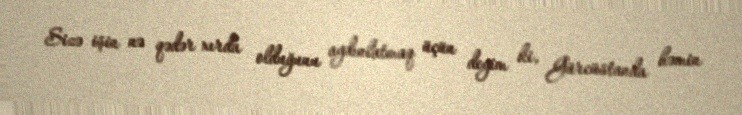
Sizə işin nə qədər xırda olduğunu aydınlatmaq üçün deyim ki, Gürcüstanda həmin